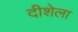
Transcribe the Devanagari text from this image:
दीशेला